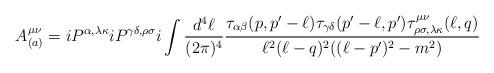
LaTeX: \begin{align*}A^{\mu\nu}_{(a)}=iP^{\alpha,\lambda\kappa}iP^{\gamma\delta,\rho\sigma}i\int {d^4\ell\over(2\pi)^4}{\tau_{\alpha\beta}(p,p'-\ell) \tau_{\gamma\delta}(p'-\ell,p')\tau^{\mu\nu}_{\rho\sigma,\lambda\kappa}(\ell,q)\over \ell^2(\ell-q)^2((\ell-p')^2-m^2)}\end{align*}